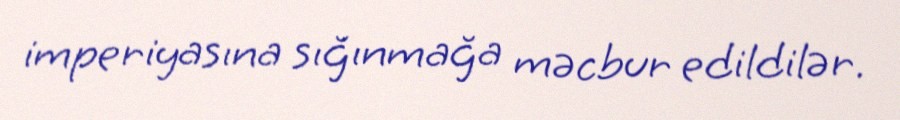
imperiyasına sığınmağa məcbur edildilər.